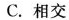
C.相交